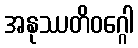
အနုဿတိဝဂ္ဂေါ